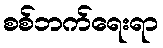
စစ်ဘက်ရေးရာ